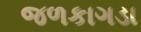
જળકાગડા